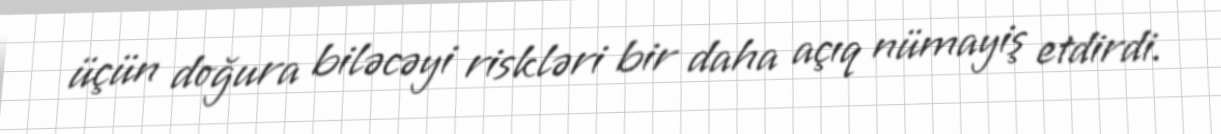
üçün doğura biləcəyi riskləri bir daha açıq nümayiş etdirdi.